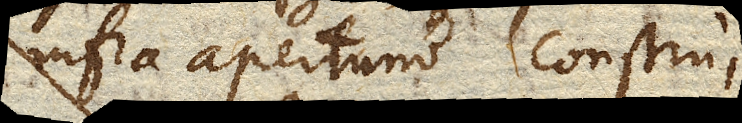
infra apertum construi